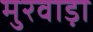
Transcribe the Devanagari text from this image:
मुरवाड़ा